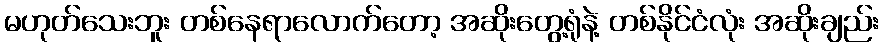
မဟုတ်သေးဘူး တစ်နေရာလောက်တော့ အဆိုးတွေ့ရုံနဲ့ တစ်နိုင်ငံလုံး အဆိုးချည်း